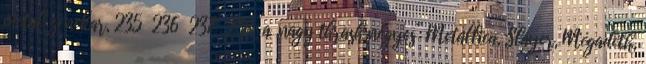
metal zenekar, 235 236 237 238 a „nagy thrash négyes” Metallica, Slayer, Megadeth,